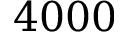
4 0 0 0